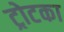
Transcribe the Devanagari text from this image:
ट्रोटका